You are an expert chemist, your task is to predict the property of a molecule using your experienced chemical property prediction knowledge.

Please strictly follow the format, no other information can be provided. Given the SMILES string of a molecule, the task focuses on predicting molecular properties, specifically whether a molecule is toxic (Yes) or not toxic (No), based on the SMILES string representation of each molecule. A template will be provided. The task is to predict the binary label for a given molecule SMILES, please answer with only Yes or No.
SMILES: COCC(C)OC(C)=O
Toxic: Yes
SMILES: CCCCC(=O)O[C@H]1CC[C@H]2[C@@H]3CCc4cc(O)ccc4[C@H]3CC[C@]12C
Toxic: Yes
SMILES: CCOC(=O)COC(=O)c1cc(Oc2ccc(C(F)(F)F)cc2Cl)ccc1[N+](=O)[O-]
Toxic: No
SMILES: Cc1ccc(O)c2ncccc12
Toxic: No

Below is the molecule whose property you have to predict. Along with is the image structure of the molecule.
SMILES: CCCCOc1ccc(OCCCN2CCOCC2)cc1
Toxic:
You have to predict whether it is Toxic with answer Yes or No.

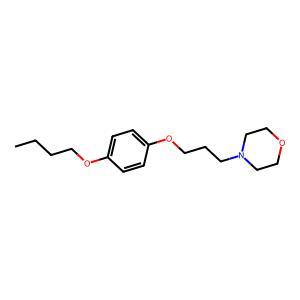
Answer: No